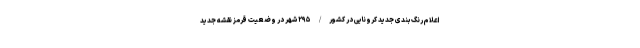
اعلام رنگ‌بندی جدید کرونایی در کشور/ ۲۹۵ شهر در وضعیت قرمز نقشه جدید